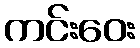
ကင်းဝေး